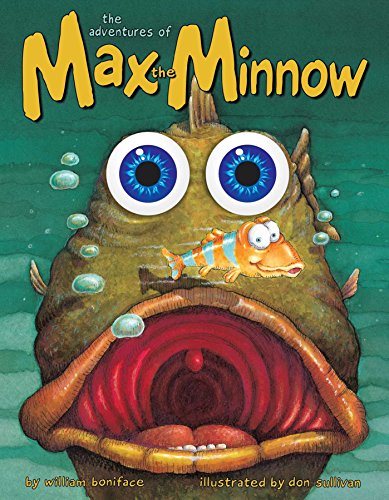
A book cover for The Adventures of Max the Minnow; William Boniface; Children's Books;